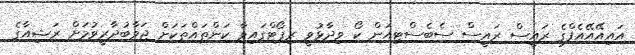
އައިއޭއޭއެފްގެ ރައީސް ރައީސް ސެބެސްޓިއަން ކޯ ވިދާޅުވީ ރިޕޯޓްގައިވާ ކަންތައްތަކަށް ޖަވާބުދާރީވުމަށް ރަޝިއާގެ